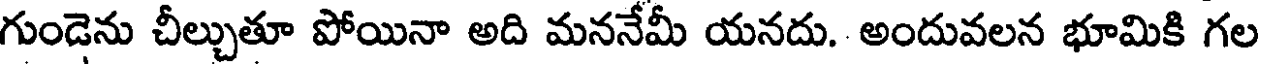
గుండెను చీల్చుతూ పోయినా అది మననేమీ యనదు. అందువలన భూమికి గల